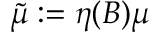
{ \tilde { \mu } } : = \eta ( B ) \mu